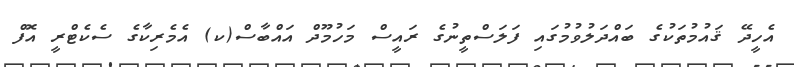
އެހީދޭ ޤައުމުތަކުގެ ބައްދަލުވުމުގައި ފަލަސްތީނުގެ ރައީސް މަހުމޫދް އައްބާސް(ކ) އެމެރިކާގެ ސެކެޓްރީ އޮފް